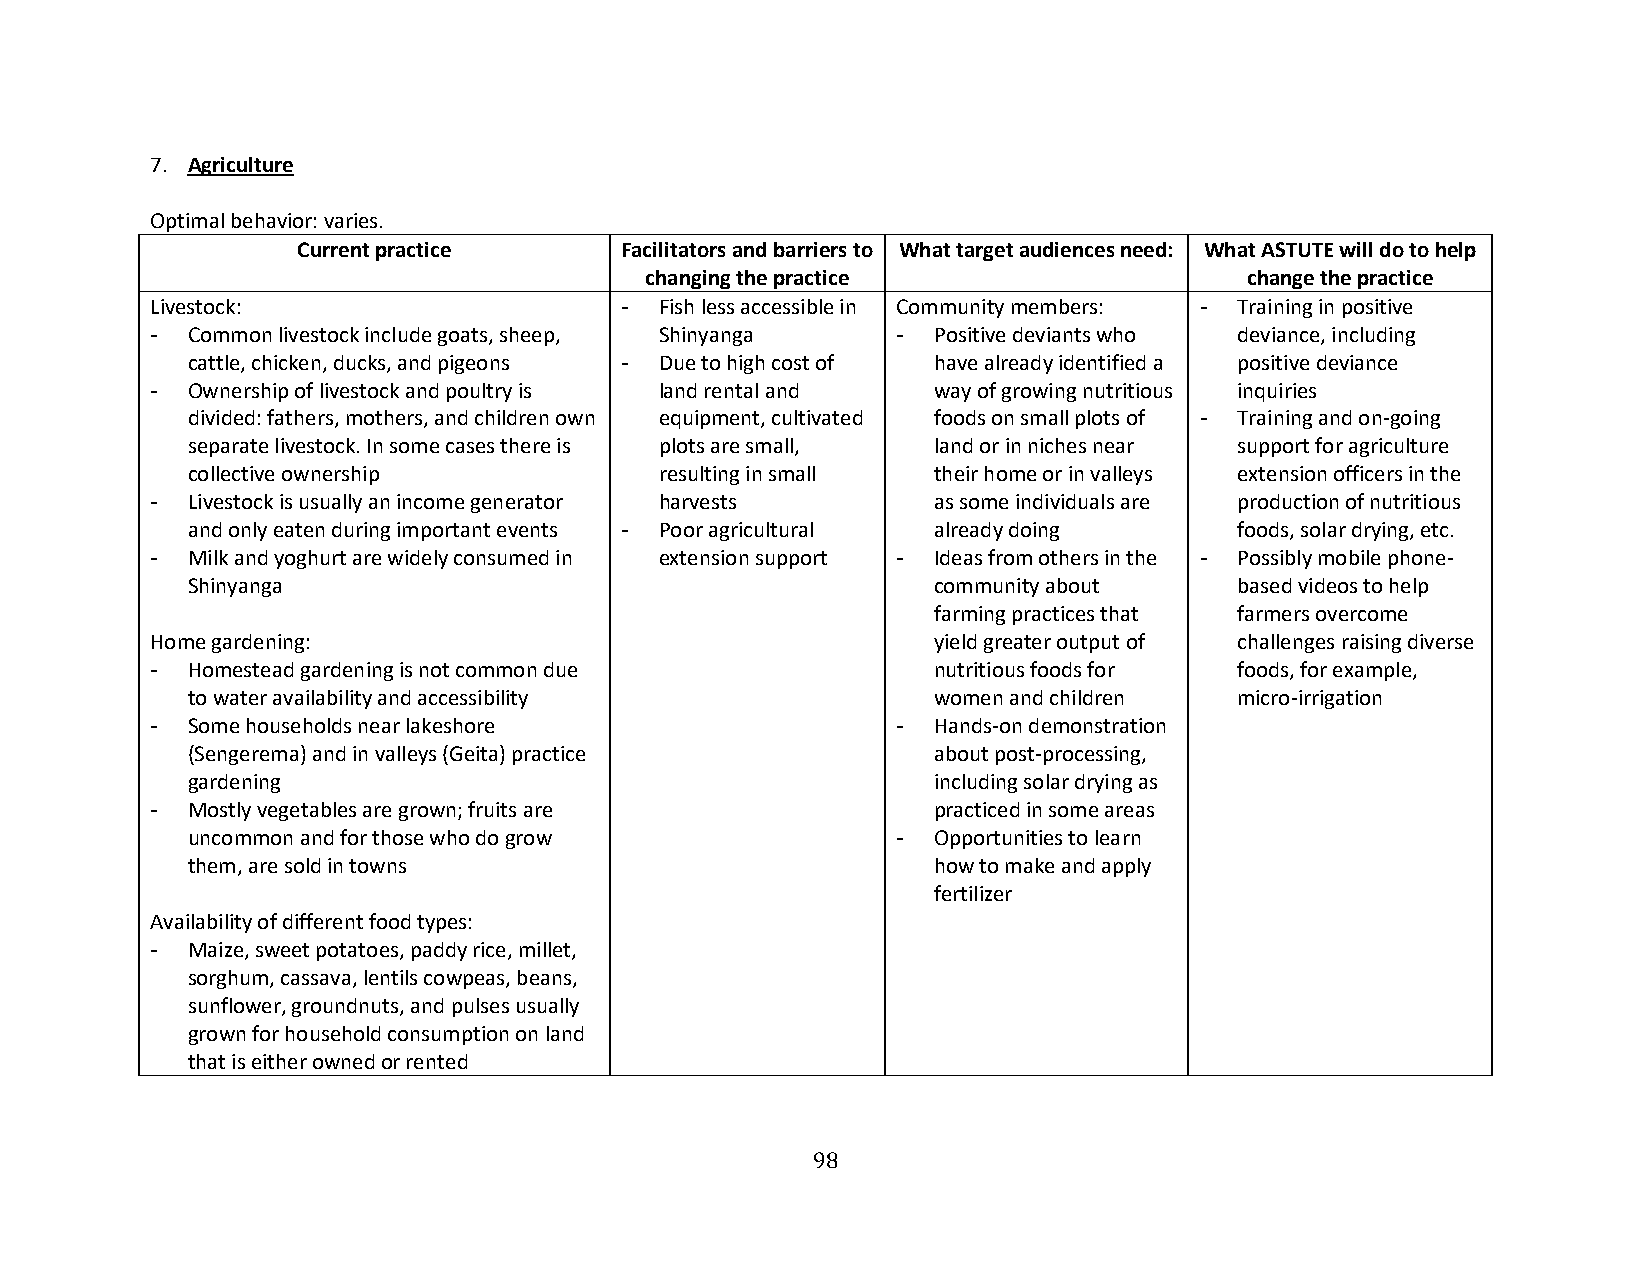
7. Agriculture
 Optimal behavior: varies.
 Current practice     Facilitators and barriers to What target audiences need: What ASTUTE will do to help
 changing the practice                   change the practice
 Livestock:                     -  Fish less accessible in Community members: - Training in positive
 - Common livestock include goats, sheep, Shinyanga - Positive deviants who deviance, including
 cattle, chicken, ducks, and pigeons - Due to high cost of have already identified a positive deviance
 - Ownership of livestock and poultry is land rental and way of growing nutritious inquiries
 divided: fathers, mothers, and children own equipment, cultivated foods on small plots of - Training and on-going
 separate livestock. In some cases there is plots are small, land or in niches near support for agriculture
 collective ownership            resulting in small their home or in valleys extension officers in the
 - Livestock is usually an income generator harvests as some individuals are production of nutritious
 and only eaten during important events - Poor agricultural already doing foods, solar drying, etc.
 - Milk and yoghurt are widely consumed in extension support - Ideas from others in the - Possibly mobile phone-
 Shinyanga                                         community about     based videos to help
 farming practices that farmers overcome
 Home gardening:                                     yield greater output of challenges raising diverse
 - Homestead gardening is not common due             nutritious foods for foods, for example,
 to water availability and accessibility           women and children  micro-irrigation
 - Some households near lakeshore                 -  Hands-on demonstration
 (Sengerema) and in valleys (Geita) practice       about post-processing,
 gardening                                         including solar drying as
 - Mostly vegetables are grown; fruits are           practiced in some areas
 uncommon and for those who do grow             -  Opportunities to learn
 them, are sold in towns                           how to make and apply
 fertilizer
 Availability of different food types:
 - Maize, sweet potatoes, paddy rice, millet,
 sorghum, cassava, lentils cowpeas, beans,
 sunflower, groundnuts, and pulses usually
 grown for household consumption on land
 that is either owned or rented
 98